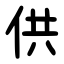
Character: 供